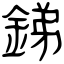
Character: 銻